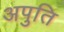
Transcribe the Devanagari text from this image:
अपुति